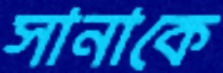
সানাকে